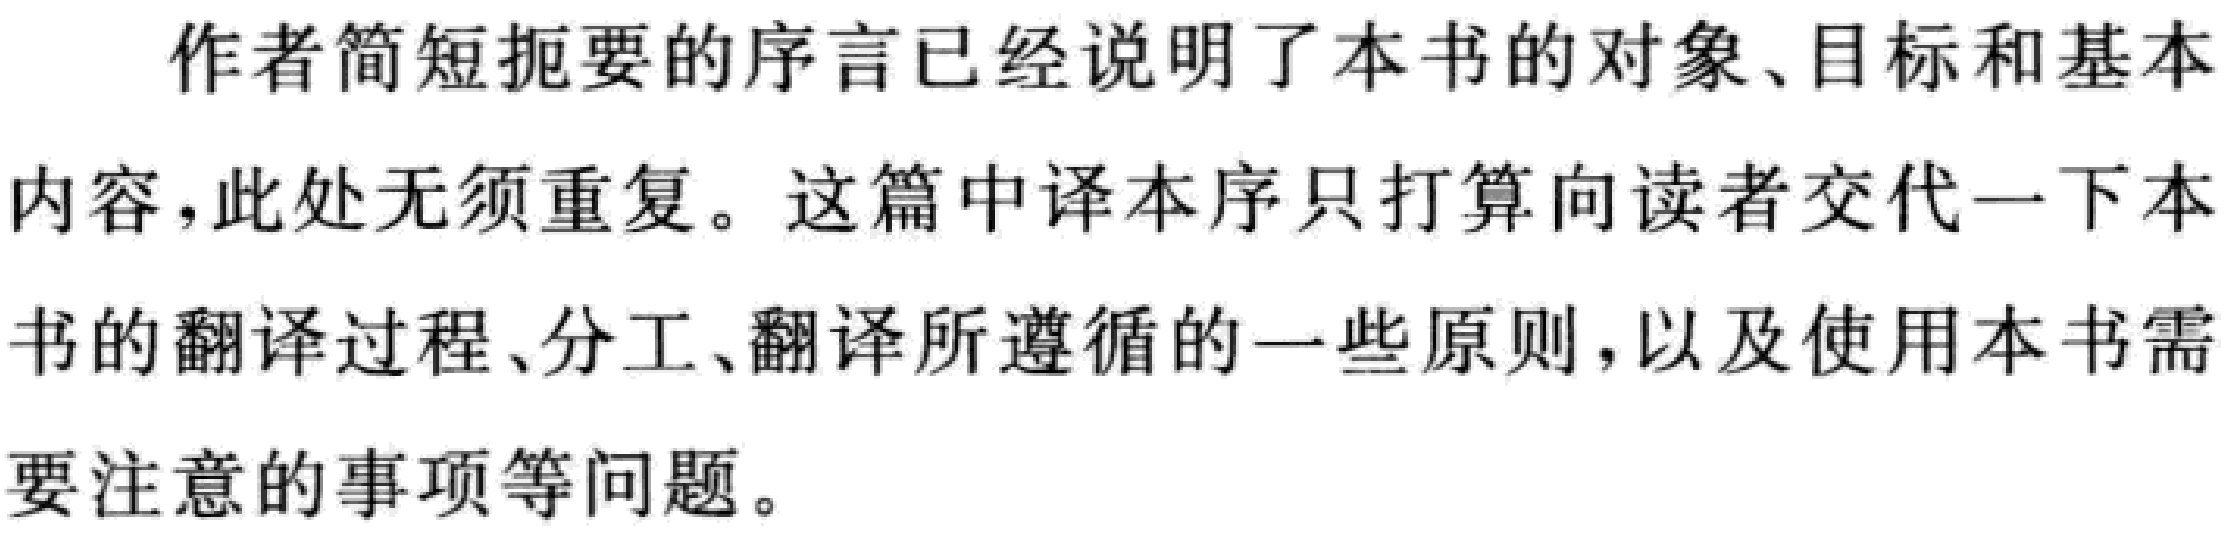
作者简短扼要的序言已经说明了本书的对象、目标和基本

内容，此处无须重复。这篇中译本序只打算向读者交代一下本

书的翻译过程、分工、翻译所遵循的一些原则，以及使用本书需

要注意的事项等问题。